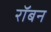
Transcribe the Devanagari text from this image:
रॉबन